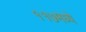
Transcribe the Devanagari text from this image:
११७मध्ये